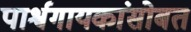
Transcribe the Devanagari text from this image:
पार्श्वगायकांसोबत